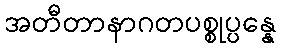
အတီတာနာဂတပစ္စုပ္ပန္နေ